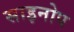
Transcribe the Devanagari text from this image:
साइनोप